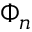
\Phi _ { n }